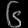
Digit: ၆